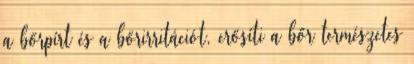
a bőrpírt és a bőrirritációt, erősíti a bőr természetes